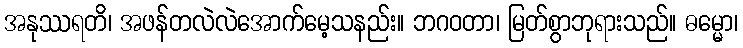
အနုဿရတိ၊ အဖန်တလဲလဲအောက်မေ့သနည်း။ ဘဂဝတာ၊ မြတ်စွာဘုရားသည်။ ဓမ္မော၊